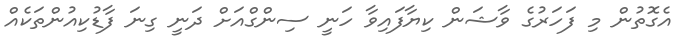
އެގޮތުން މި ފަހަރުގެ ވާޝަން ކިޔާފައިވާ ހަނީ ސިންގްއަށް ދަނީ ގިނަ ފާޑުކިއުންތަކެއް